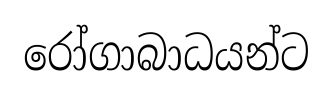
රෝගාබාධයන්ට